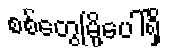
စစ်တွေမြို့ပေါ်ရှိ